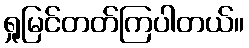
ရှုမြင်တတ်ကြပါတယ်။